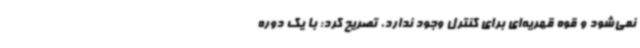
نمی‌شود و قوه قهریه‌ای برای کنترل وجود ندارد، تصریح کرد: با یک دوره